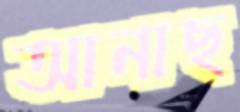
আনাছ